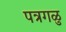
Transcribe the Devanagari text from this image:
पत्रगळु